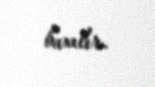
baxılır.